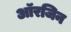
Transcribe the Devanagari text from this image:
आॅरजिन